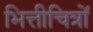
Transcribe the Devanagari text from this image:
भित्तीचित्रों